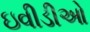
ઇવીડીઓ